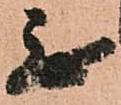
無